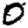
Digit: 0